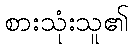
စားသုံးသူ၏